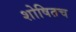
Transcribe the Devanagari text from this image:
शोषितच